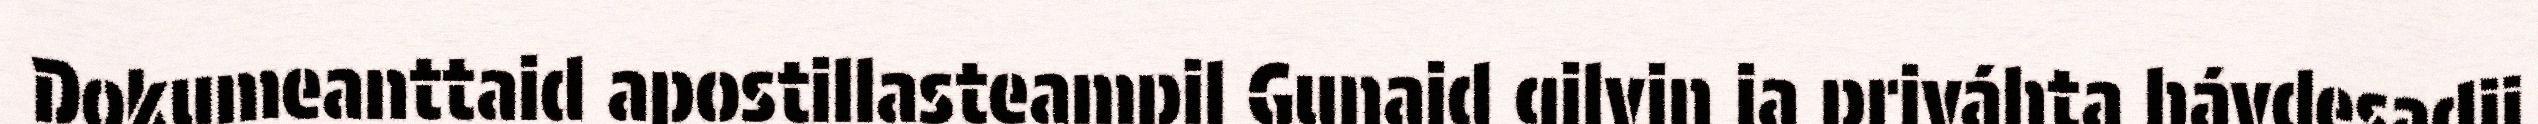
Dokumeanttaid apostillasteampil Gunaid gilvin ja priváhta hávdesadji